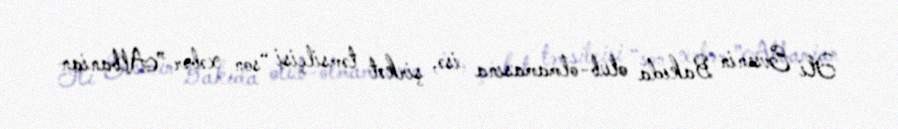
Əli Evsenin Bakıda olub-olmamasına isə, şirkət təmsilçisi “son xəbər ”Albanian